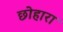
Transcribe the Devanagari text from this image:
छोहारा